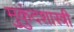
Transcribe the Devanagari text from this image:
मुुकुंदशास्त्री